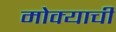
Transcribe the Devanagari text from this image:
मोक्याची